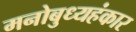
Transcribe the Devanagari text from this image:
मनोबुध्यहंकार